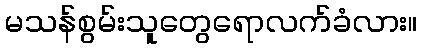
မသန်စွမ်းသူတွေရောလက်ခံလား။